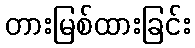
တားမြစ်ထားခြင်း